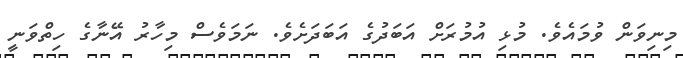
މިނިވަން ވުމައެވެ. މުޅި އުމުރަށް އަބަދުގެ އަބަދަށެވެ. ނަމަވެސް މިހާރު އޭނާގެ ހިތްވަނީ